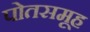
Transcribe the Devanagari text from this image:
पोतसमूह